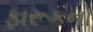
ફારૂકનો